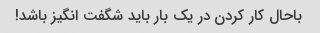
باحال کار کردن در یک بار باید شگفت انگیز باشد!